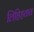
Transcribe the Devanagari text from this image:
लिहिहतात